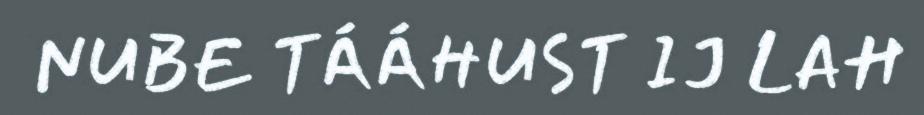
NUBE TÁÁHUST IJ LAH